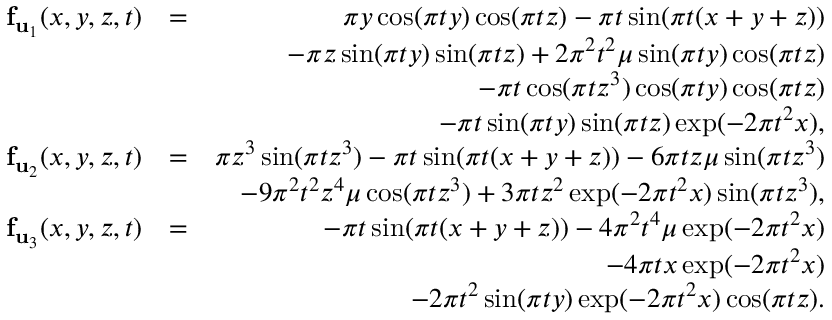
\begin{array} { r l r } { \mathbf { f } _ { \mathbf { u } _ { 1 } } ( x , y , z , t ) } & { = } & { \pi y \cos ( \pi t y ) \cos ( \pi t z ) - \pi t \sin ( \pi t ( x + y + z ) ) } \\ & { } & { - \pi z \sin ( \pi t y ) \sin ( \pi t z ) + 2 \pi ^ { 2 } t ^ { 2 } \mu \sin ( \pi t y ) \cos ( \pi t z ) } \\ & { } & { - \pi t \cos ( \pi t z ^ { 3 } ) \cos ( \pi t y ) \cos ( \pi t z ) } \\ & { } & { - \pi t \sin ( \pi t y ) \sin ( \pi t z ) \exp ( - 2 \pi t ^ { 2 } x ) , } \\ { \mathbf { f } _ { \mathbf { u } _ { 2 } } ( x , y , z , t ) } & { = } & { \pi z ^ { 3 } \sin ( \pi t z ^ { 3 } ) - \pi t \sin ( \pi t ( x + y + z ) ) - 6 \pi t z \mu \sin ( \pi t z ^ { 3 } ) } \\ & { } & { - 9 \pi ^ { 2 } t ^ { 2 } z ^ { 4 } \mu \cos ( \pi t z ^ { 3 } ) + 3 \pi t z ^ { 2 } \exp ( - 2 \pi t ^ { 2 } x ) \sin ( \pi t z ^ { 3 } ) , } \\ { \mathbf { f } _ { \mathbf { u } _ { 3 } } ( x , y , z , t ) } & { = } & { - \pi t \sin ( \pi t ( x + y + z ) ) - 4 \pi ^ { 2 } t ^ { 4 } \mu \exp ( - 2 \pi t ^ { 2 } x ) } \\ & { } & { - 4 \pi t x \exp ( - 2 \pi t ^ { 2 } x ) } \\ & { } & { - 2 \pi t ^ { 2 } \sin ( \pi t y ) \exp ( - 2 \pi t ^ { 2 } x ) \cos ( \pi t z ) . } \end{array}